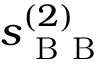
s _ { \mathrm { ~ B ~ B ~ } } ^ { ( 2 ) }